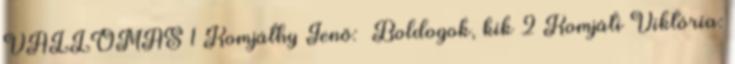
VALLOMÁS 1 Komjáthy Jenő: Boldogok, kik 2 Komjáti Viktória: